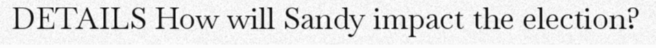
DETAILS How will Sandy impact the election?